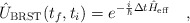
\begin{align*}\hat{U}_{\rm BRST}(t_f,t_i)=e^{-\frac{i}{\hbar}\Delta t \hat{H}_{\rm eff}}\ \ \ ,\end{align*}